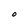
Character: O